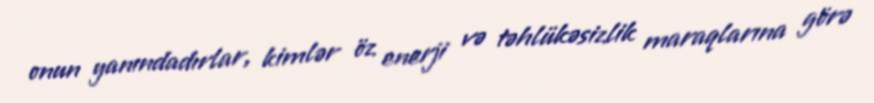
onun yanındadırlar, kimlər öz enerji və təhlükəsizlik maraqlarına görə